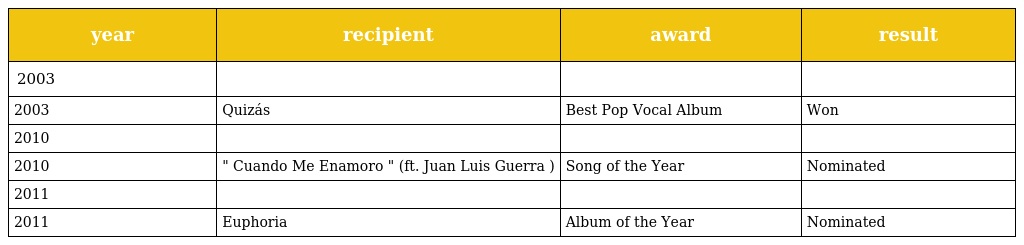
| year | recipient | award | result |
 | --- | --- | --- | --- |
 | 2003 |  |  |  |
 | 2003 | Quizás | Best Pop Vocal Album | Won |
 | 2010 |  |  |  |
 | 2010 | " Cuando Me Enamoro " (ft. Juan Luis Guerra ) | Song of the Year | Nominated |
 | 2011 |  |  |  |
 | 2011 | Euphoria | Album of the Year | Nominated |